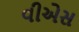
વીએસ